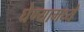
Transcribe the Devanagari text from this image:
घेण्यामध्ये